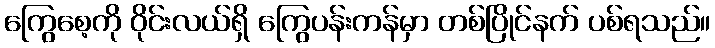
ကြွေစေ့ကို ဝိုင်းလယ်ရှိ ကြွေပန်းကန်မှာ တစ်ပြိုင်နက် ပစ်ရသည်။